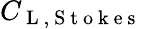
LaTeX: C_{\mathrm{~L~},\mathrm{~S~t~o~k~e~s~}}